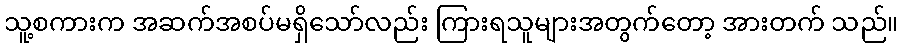
သူ့စကားက အဆက်အစပ်မရှိသော်လည်း ကြားရသူများအတွက်တော့ အားတက် သည်။